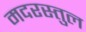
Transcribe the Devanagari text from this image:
मदरस्तुल